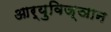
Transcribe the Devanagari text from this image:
आर्युविज्ञान